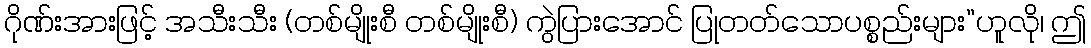
ဂိုဏ်းအားဖြင့် အသီးသီး (တစ်မျိုးစီ တစ်မျိုးစီ) ကွဲပြားအောင် ပြုတတ်သောပစ္စည်းများ”ဟူလို၊ ဤ